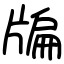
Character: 牑